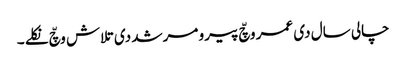
چالی سال دی عمر وچّ پیرو مرشد دی تلاش وچّ نکلے ۔